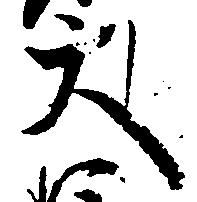
大